Document type: Recognition
Year: 1437
Scribe: Pere Ponçgem
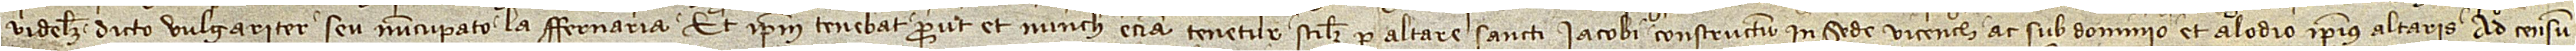
videlicet dicto vulgariter seu nuncupato la Fernaria, et ipsum tenebat prout et nunch etiam tenetur, scilicet, per altare Sancti Iacobi constructum in Sede Vicensis ac sub dominio et alodio ipsius altaris, ad censum